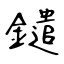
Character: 鑓